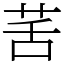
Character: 䒷